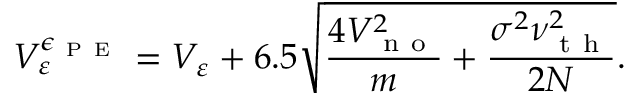
V _ { \varepsilon } ^ { \epsilon _ { \mathrm { ~ P ~ E ~ } } } = V _ { \varepsilon } + 6 . 5 \sqrt { \frac { 4 V _ { \mathrm { ~ n ~ o ~ } } ^ { 2 } } { m } + \frac { \sigma ^ { 2 } \nu _ { \mathrm { ~ t ~ h ~ } } ^ { 2 } } { 2 N } } .